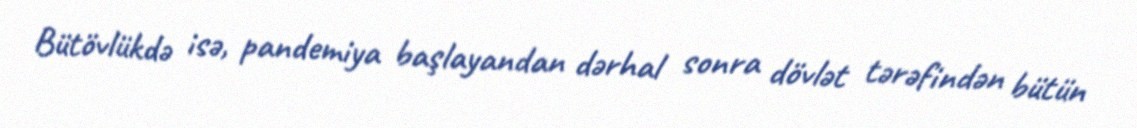
Bütövlükdə isə, pandemiya başlayandan dərhal sonra dövlət tərəfindən bütün